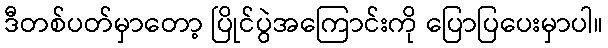
ဒီတစ်ပတ်မှာတော့ ပြိုင်ပွဲအကြောင်းကို ပြောပြပေးမှာပါ။